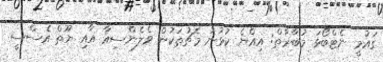
ގައުމީ ނެޓްބޯޅަ މުބާރާތް: އިއްޔެ ކުޅުނު މެޗުތަކުން ވެލެންސިއާ އާއި ޔޫތް އެސްސީ